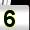
Digit: 5